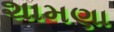
શામણા